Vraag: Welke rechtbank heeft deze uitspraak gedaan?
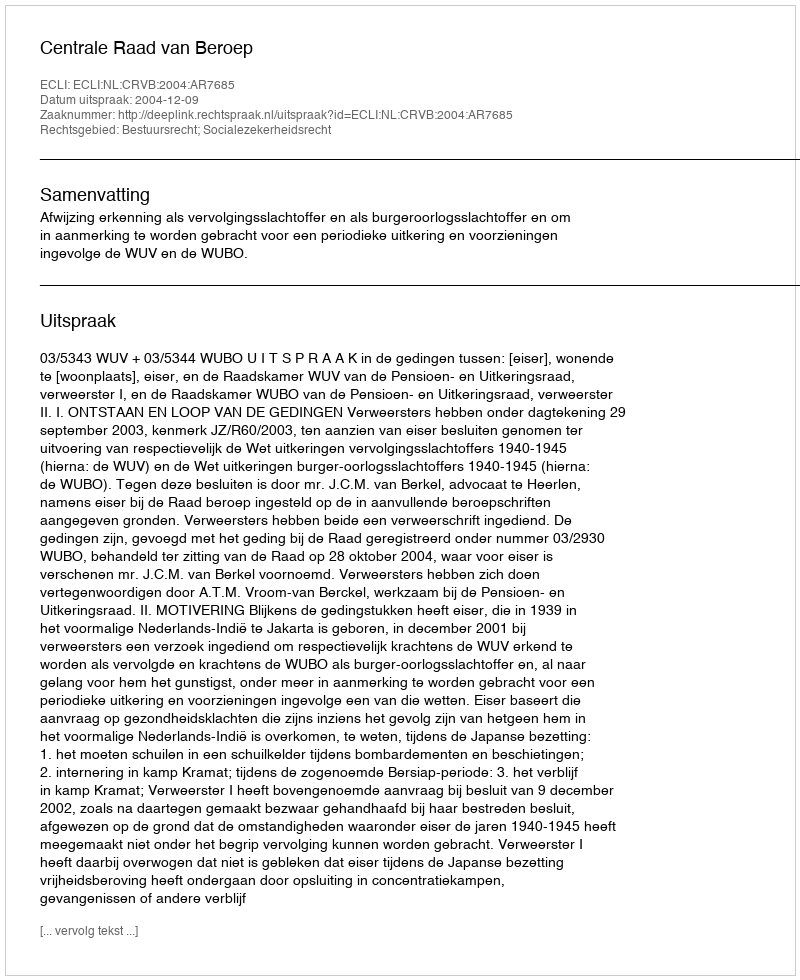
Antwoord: Centrale Raad van Beroep